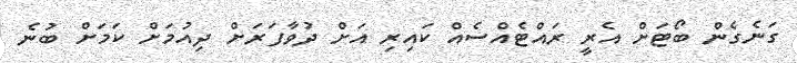
ގަނެގެން ބޯޓަށް އެރީ ރައްޓެއްސެއް ކައިރި އަށް ދުވާފަރަށް ދިއުމަށް ކަމަށް ބުނެ